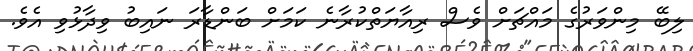
ލިބޭ މިންވަރުގެ މައްޗަށް ވެސް ރިއާޔަތްކުރާނެ ކަމަށް ބަންޑާރަ ނައިބު ވިދާޅުވި އެވެ.